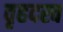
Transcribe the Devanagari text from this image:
वृहदस्व